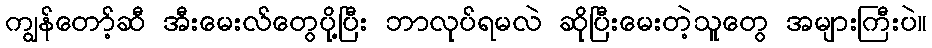
ကျွန်တော့်ဆီ အီးမေးလ်တွေပို့ပြီး ဘာလုပ်ရမလဲ ဆိုပြီးမေးတဲ့သူတွေ အများကြီးပဲ။